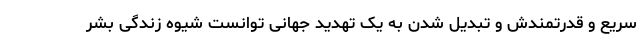
سریع و قدرتمندش و تبدیل شدن به یک تهدید جهانی توانست شیوه زندگی بشر